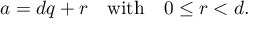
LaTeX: a = d q + r \quad { \mathrm { w i t h } } \quad 0 \leq r < d .